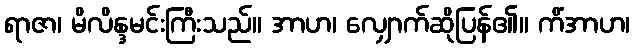
ရာဇာ၊ မိလိန္ဒမင်းကြီးသည်။ အာဟ၊ လျှောက်ဆိုပြန်၏။ ကိံအာဟ၊